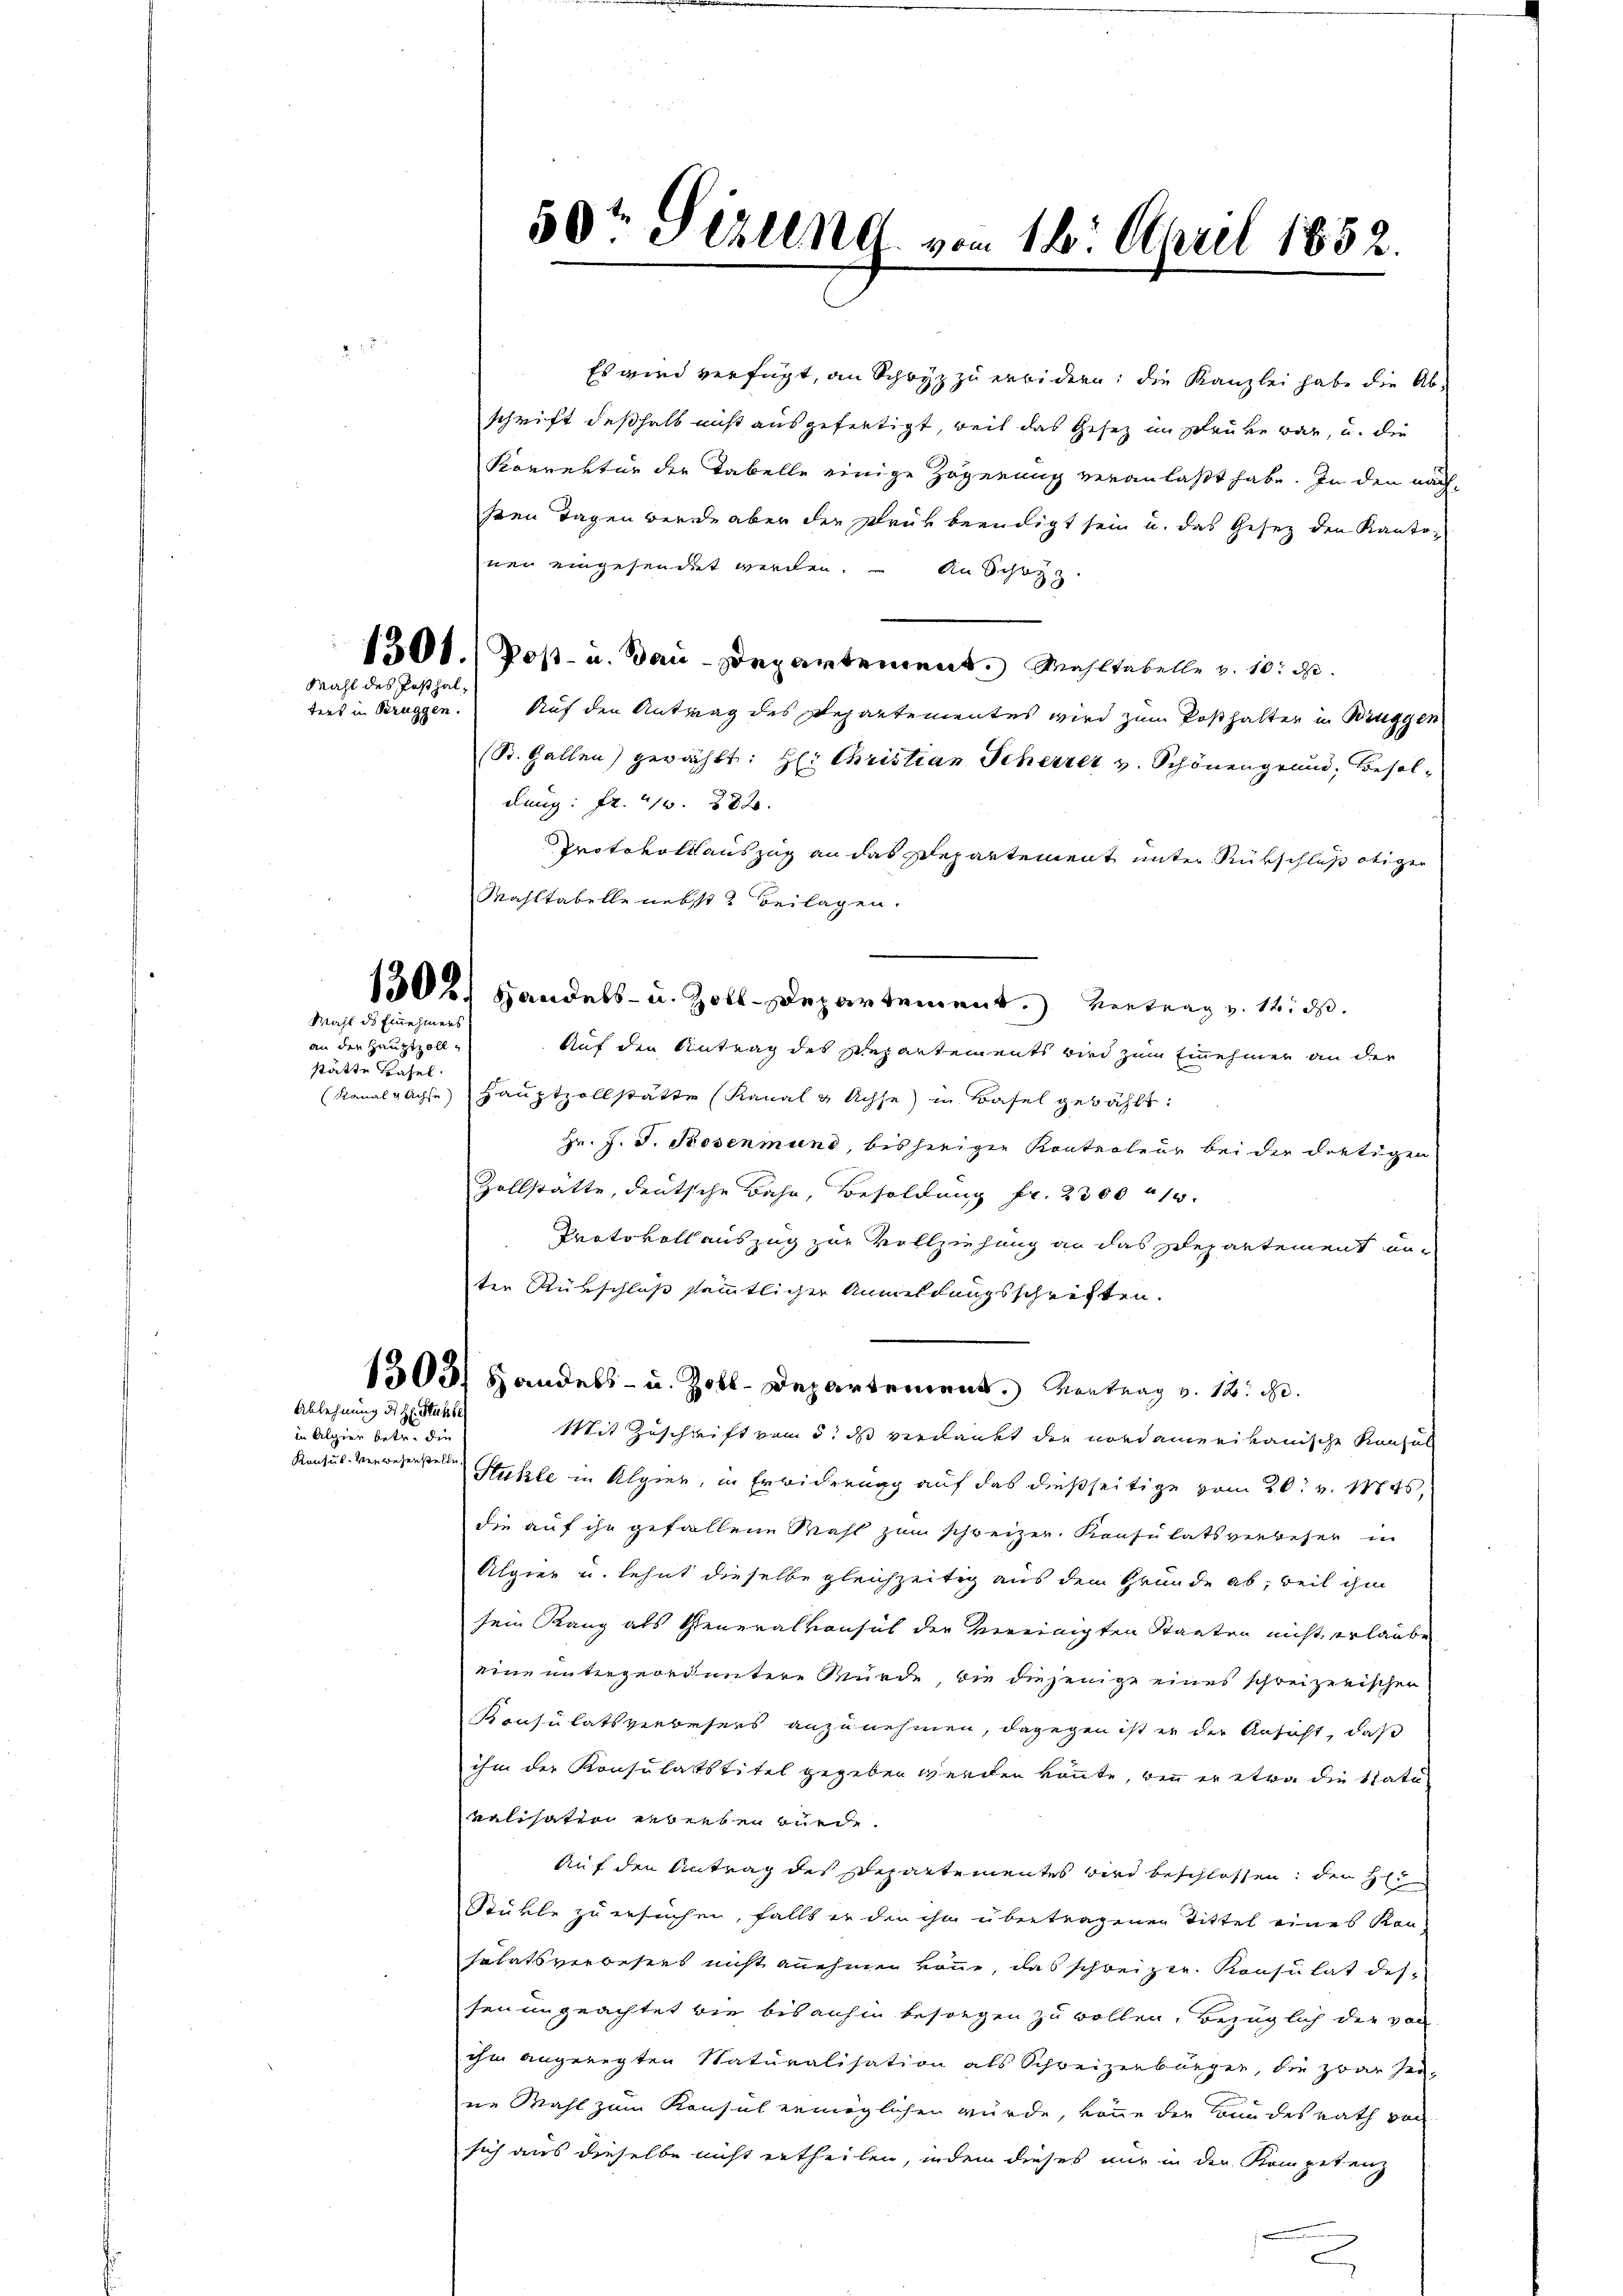
Wahl des Posthaltens in Bruggen.

Wahl ds Einnehmers

der Hauptzoll
stätte Basel.

Ablehnung des Hl. Stuhle

in Algier betr. die
Konfus. Verwesenstelle

50r Sizung vom 16. April 1852.

Es wird verfügt, an Schwyz zu erwidern; die Kanzlei habe die Abschrift deßhalb nicht ausgefertigt, weil das Gesetz in glaube war, u. die
Korrektor der Tabelle einige Zögerung veranlaßt habe. In den nachsten Tagen werde aber der Druk beendigt sein u. das Gesez den Kantoinen eingesendet werden. An Schazz
1301) Post- u. Bau-Departement. Wahltabelle v. 10. d.
Auf den Antrag des Departementes wird zum Posthalter in Bruggen
(St. Gallen) gewählt: Her Christian Scherter v. Schönengrund, Besoldlung: Fr. 10. 282.
Protokollsauszug an das Departement unter Rückschluß obiger
Mahltabelle nebst 2 Beilagen.
e
150 r. Handels- u. Zoll-Departement.) Vertrag v. 12. ds.
Auf den Antrag des Repartements wird zum Einnehmer an der
(Kanalgachse Hauptzollstätte (Kanal & Achse) in Basel gewählt:
Hr. J. J. Rosenmund, bisherigen Kontroleur bei der dortigen
Zollstatte, deutsche Bahn, Besoldung fr. 2300 n 1.
Protokoll auszug zur Vollziehung an das Departement unten Rükschluß sämmtlicher Anmeldungsschriften.
1303) Handels- u. Zoll-Departement. Vortrag v. 12. d.
Mit Zuschrift vom 5. ds verdankt der nordamerikanische Konsul
Hühle in Algier, in Erwiderung auf das dießseitige vom 20. v. Mts.
die auf ihr gefallene Wahl zum schweizer. Krafikatsverbeser in
Algier u. lehnt dieselbe gleichzeitig aus dem Grunde ab, weil ihm
sein Rang als Generalvorsich der vereinigten Staaten nicht erlaube
eine untergeordnetere Würde, die diejenige eines schreizerischer
Konsulatsverbesers anzunehmen, dagegen ist er der Ansaft, daß
ihm der Konsulatstitel gegeben werden könnte, bei er etwa die State
ralisation erberben wurde.
Auf den Antrag des Departementes wird beschlossen: der H
Stükte zu ersuchen, falls er den ihm übertragenen Tittel eines Kon-
solatsverbesees nicht anehmen könne, das schreizer Konsulat dessen ungeachtet wie bis anhin besorgen zu wollen, bezüglich der von
ihm angeregten Naturalisation als Schweizerbürger, die zwar her-
ne Mahl zum Konsul ermöglichen würde, könne die Bundesrath von
sich aus dieselbe nicht ertheilen, indem dieses nur in den Kompetenz